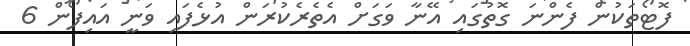
ފޮޓޯތަކުން ފެންނަ ގޮތުގައި އޭނާ ވަގަށް އެތެރެކުރަން އުޅެފައި ވަނީ އައިފޯން 6